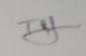
Signature authenticity: genuine